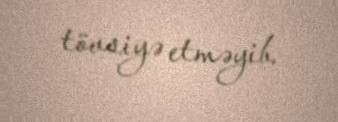
tövsiyə etməyib.